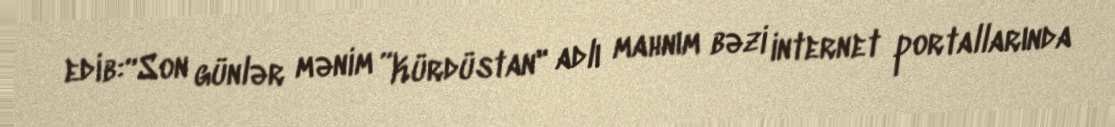
edib:“Son günlər mənim ”Kürdüstan" adlı mahnım bəzi internet portallarında